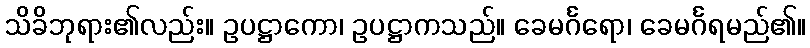
သိခိဘုရား၏လည်း။ ဥပဋ္ဌာကော၊ ဥပဋ္ဌာကသည်။ ခေမင်္ဂရော၊ ခေမင်္ဂရမည်၏။